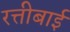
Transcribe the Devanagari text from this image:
रत्तीबाई